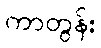
ကာတွန်း